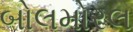
બોલમોરલ